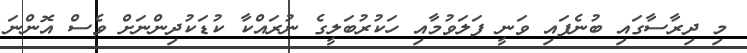
މި ދިރާސާގައި ބުނެފައި ވަނީ ފަލަވުމާއި ހަކުރުބަލީގެ ނުރައްކާ ކުޑަކުދިންނަށް ވެސް އޮންނަ